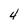
Character: 4